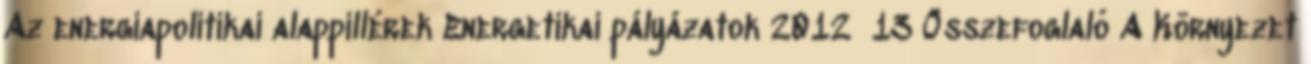
Az energiapolitikai alappillérek Energetikai pályázatok 2012 13 Összefoglaló A Környezet